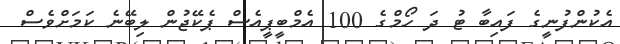
އެކުންފުނީގެ ފައިބާ ޓު ދަ ހޯމްގެ 100 އެމްބީޕީއެސް ޕެކޭޖުން ލިބޭނެ ކަމަށްވެސް